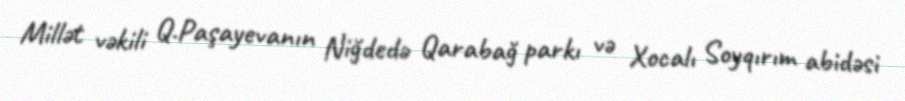
Millət vəkili Q.Paşayevanın Niğdedə Qarabağ parkı və Xocalı Soyqırım abidəsi